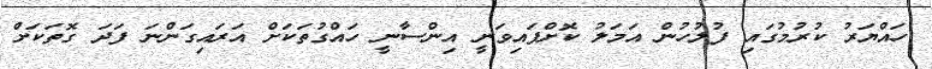
ހައްޔަރު ކުރުމުގައި ފުލުހުން އަމަލު ކޮށްފައިވަނީ އިންސާނީ ހައްގުތަކަށް އަރައިގަންނަ ފަދަ ގޮތަކަށް